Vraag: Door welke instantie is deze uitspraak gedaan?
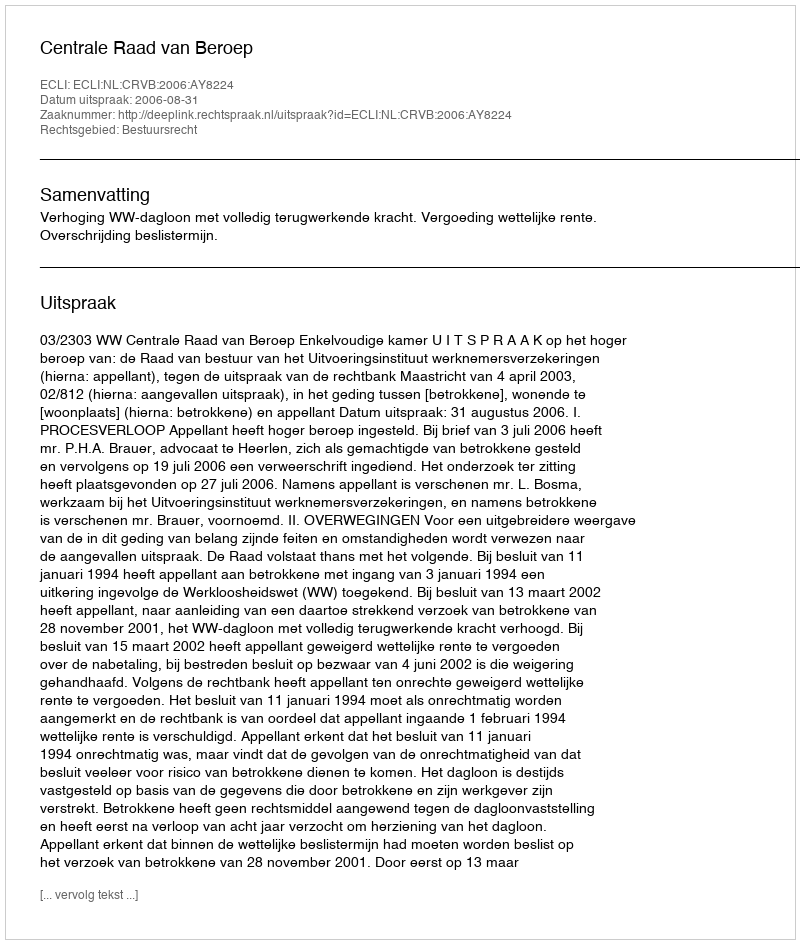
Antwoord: Centrale Raad van Beroep